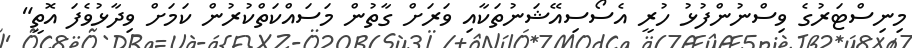
މިނިސްޓަރުގެ ވިސްނުންފުޅު ހުރީ އެސޯސިއޭޝަނުތަކާއި ވަރަށް ގާތުން މަސައްކަތްކުރުން ކަމަށް ވިދާޅުވެފަ އޮތީ"